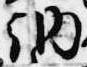
納